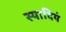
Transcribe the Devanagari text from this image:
स्यादियं